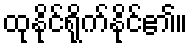
ထုနိုင်ရိုက်နိုင်၏။